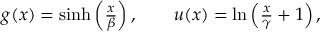
\begin{array} { r } { g ( x ) = \sinh \left( \frac { x } { \beta } \right) , \qquad u ( x ) = \ln \left( \frac { x } { \gamma } + 1 \right) , } \end{array}